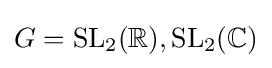
G=\mathrm {SL} _{2}(\mathbb {R} ),\mathrm {SL} _{2}(\mathbb {C} )